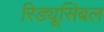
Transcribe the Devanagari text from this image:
रिड्यूसिबल